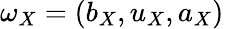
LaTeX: \omega_{X}=(b_{X},u_{X},a_{X})\,